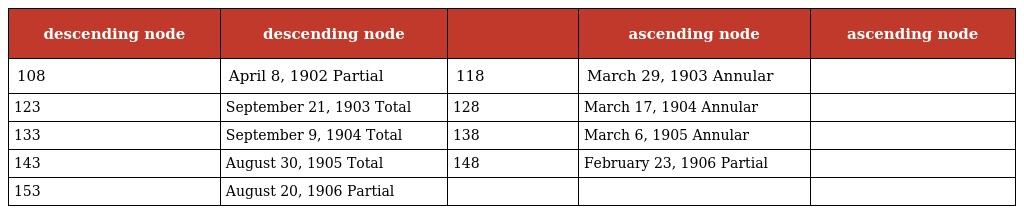
| descending node | descending node |  | ascending node | ascending node |
 | --- | --- | --- | --- | --- |
 | 108 | April 8, 1902 Partial | 118 | March 29, 1903 Annular |  |
 | 123 | September 21, 1903 Total | 128 | March 17, 1904 Annular |  |
 | 133 | September 9, 1904 Total | 138 | March 6, 1905 Annular |  |
 | 143 | August 30, 1905 Total | 148 | February 23, 1906 Partial |  |
 | 153 | August 20, 1906 Partial |  |  |  |